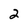
Character: 2